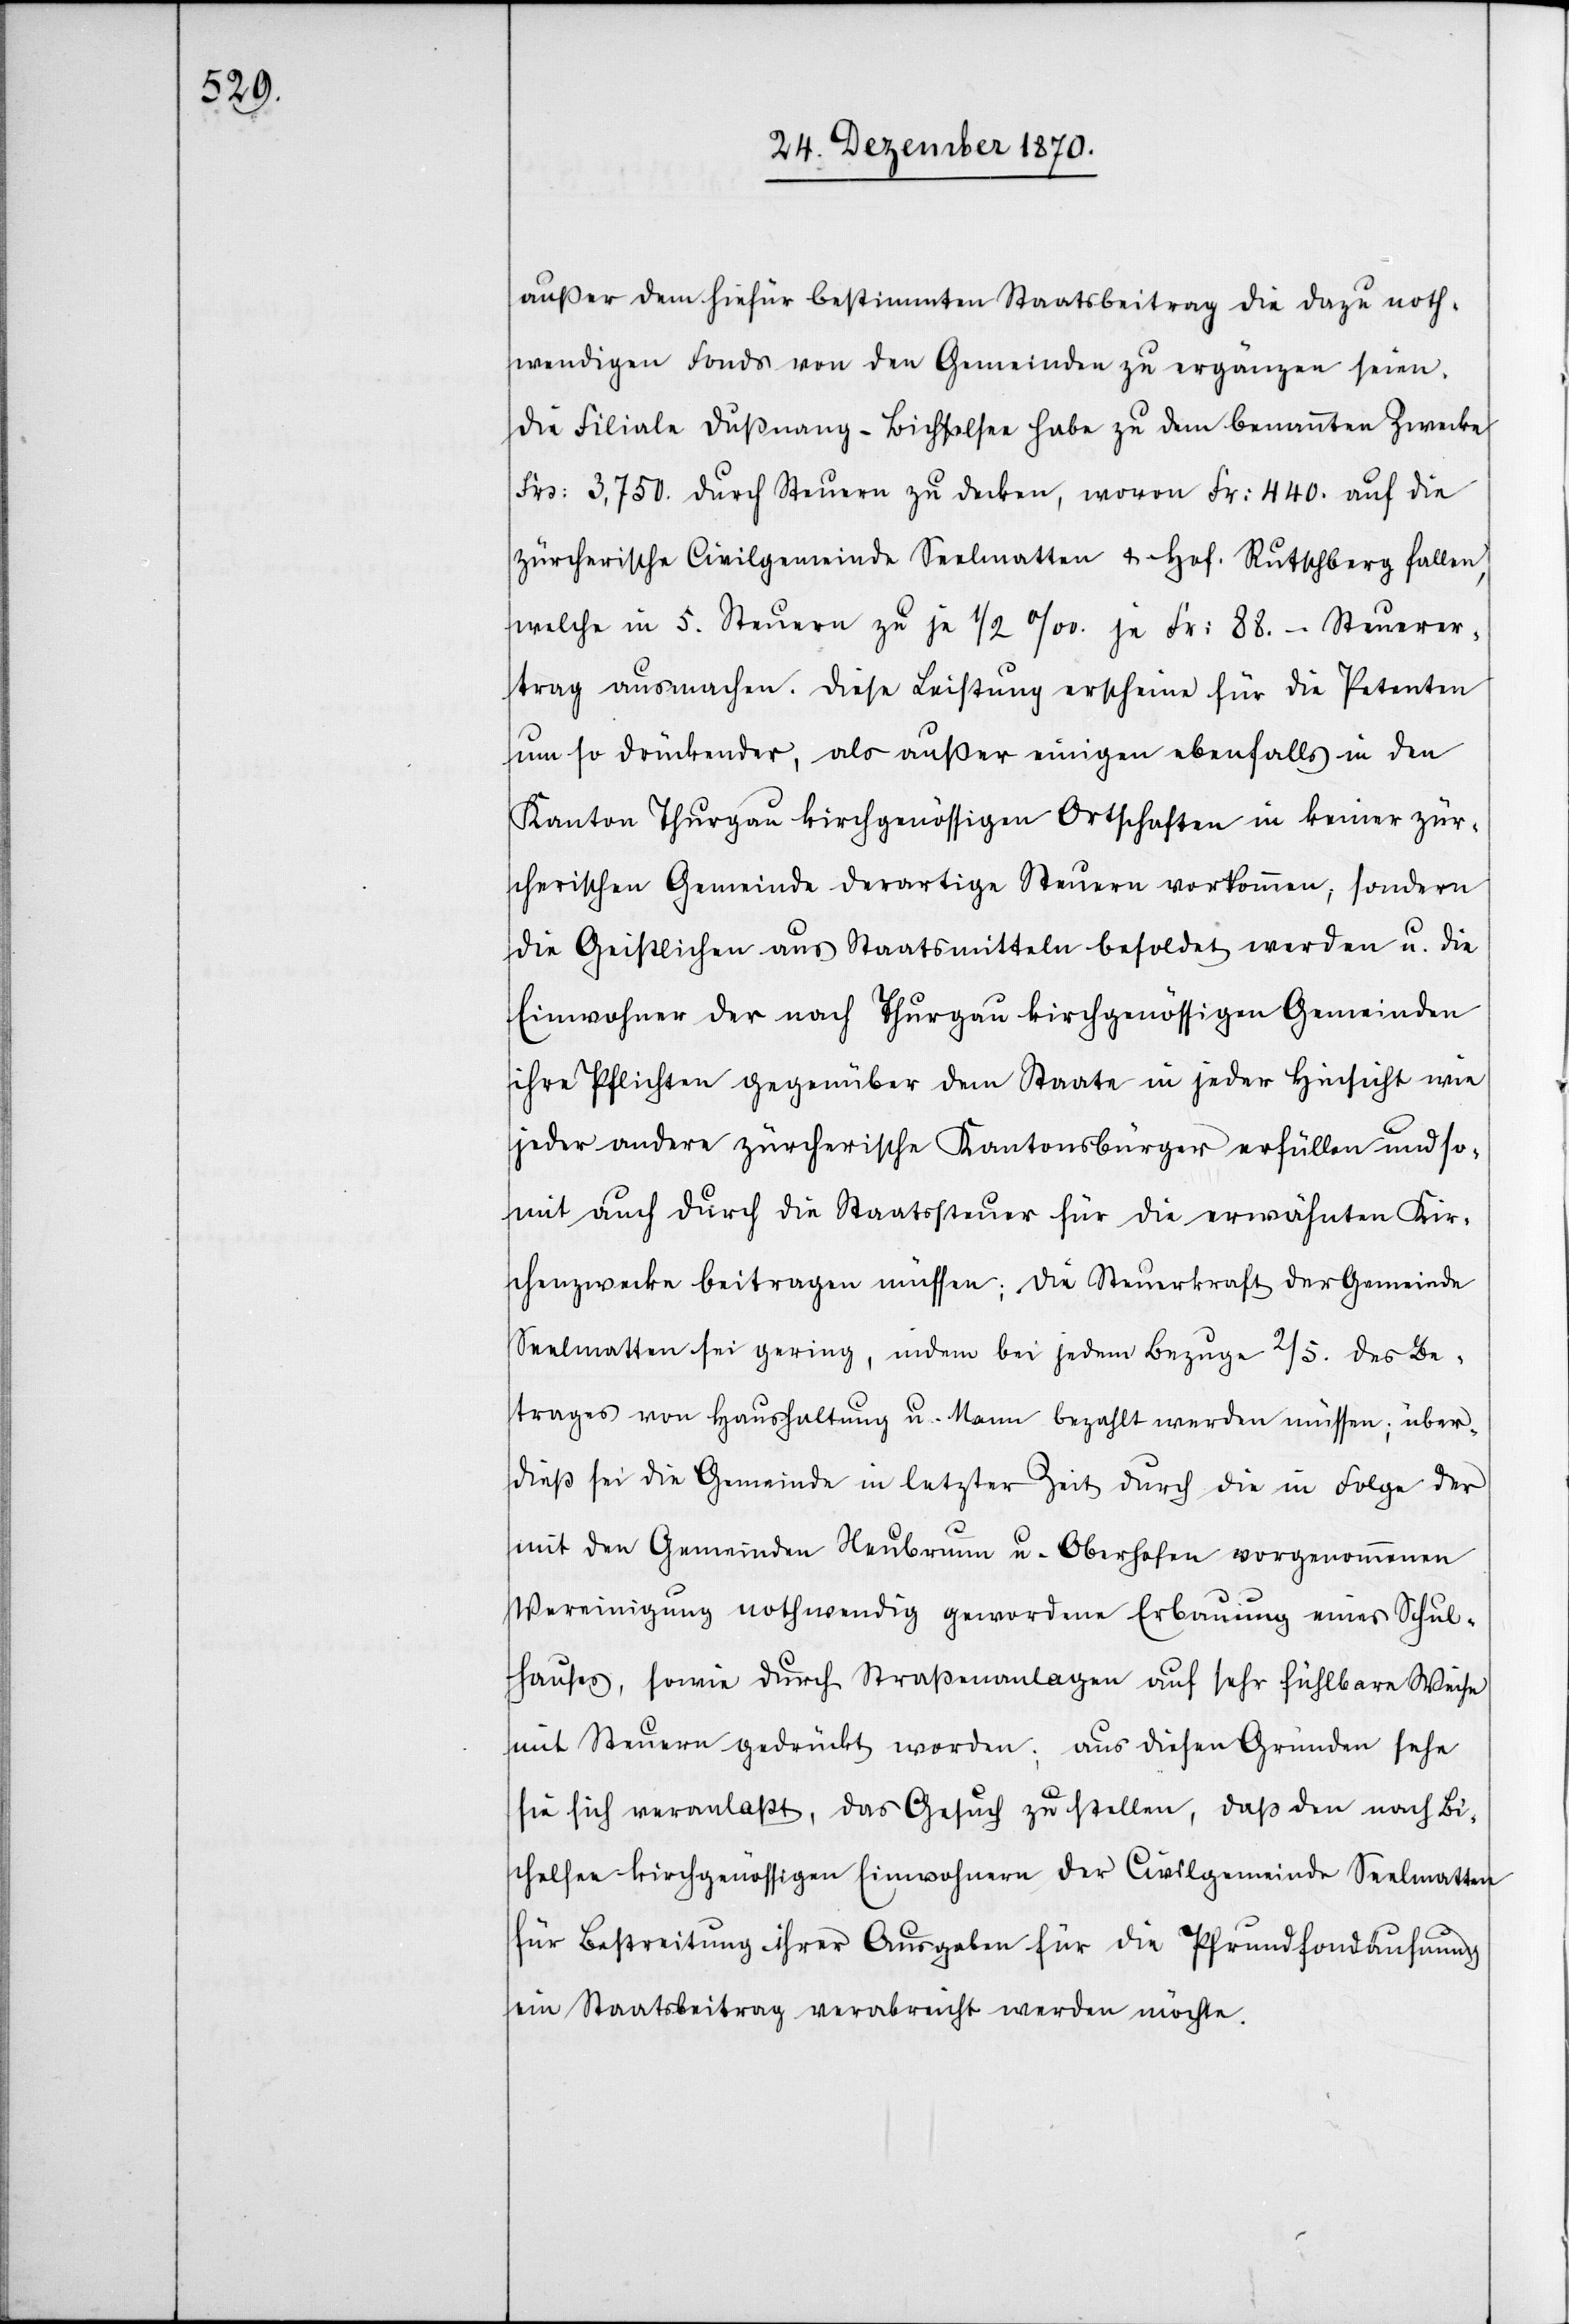
außer dem hiefür bestimmten Staatsbeitrag die dazu noth¬
wendigen Fonds von den Gemeinden zu ergänzen seien.
Die Filiale Dußnang – Bichelsen habe zu dem benannten Zwecke
Frs: 3,750. durch Steuern zu decken, wovon Fr: 440. auf die
zürcherische Civilgemeinde Seelmatten & Hof. Rutschberg fallen,
welche in 5. Steuern zu je 1/2‰ je Fr: 88.– Steuerver¬
trag ausmachen. Diese Leistung erscheine für die Petenten
um so drückender, als außer einigen ebenfalls in den
Kanton Thurgau kirchgenössigen Ortschaften in keiner zür¬
cherischen Gemeinde derartige Steuern vorkommen, sondern
die Geistlichen aus Staatsmitteln besoldet werden u. die
Einwohner der nach Thurgau kirchgenössigen Gemeinden
ihre Pflichten gegenüber dem Staate in jeder Hinsicht wie
jeder andere zürcherische Kantonsbürger erfüllen und so¬
mit auch durch die Staatssteuer für die erwähnten Kir¬
chenzwecke beitragen müssen; die Steuerkraft der Gemeinde
Seelmatten sei gering, indem bei jedem Bezuge 2/5. des Be¬
trages von Haushaltung u. Mann bezahlt werden müssen; über¬
dieß sei die Gemeinde in letzter Zeit durch die in Folge der
mit den Gemeinden Neubrunn u. Oberhofen vorgenommene
Vereinigung nothwendig gewordene Erbauung eines Schul¬
hauses, sowie durch Straßenanlagen auf sehr fühlbare Weise
mit Steuern gedrückt worden; aus diesen Gründen sehe
sie sich veranlaßt, das Gesuch zu stellen, daß den nach Bi¬
chelsen kirchgenössigen Einwohnern der Civilgemeinde Seelmatten
für Bestreitung ihrer Ausgaben für die Pfrundfondäufnung
ein Staatsbeitrag verabreicht werden möchte.